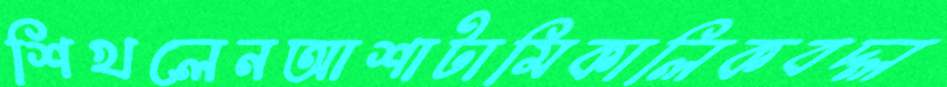
শিখলেনআশাটামিকালিকবদ্‌ল